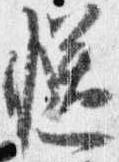
慥